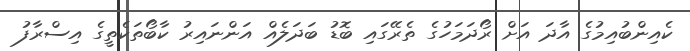
ކެއިންބުއިމުގެ އާދަ އަށް ރޯދަމަހުގެ ތެރޭގައި ބޮޑު ބަދަލެއް އަންނައިރު ކާބޯތަކެތީގެ އިސްރާފު